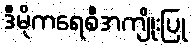
ဒီမိုကရေစီအကျိုးပြု